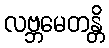
လဗ္ဘမေတန္တိ